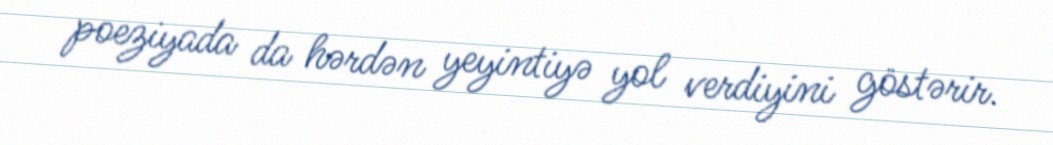
poeziyada da hərdən yeyintiyə yol verdiyini göstərir.